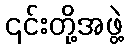
၎င်းတို့အဖွဲ့